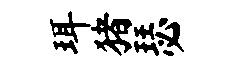
珥猪瑟